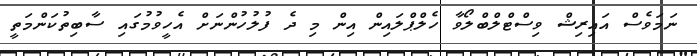
ނަމަވެސް އައިރިޝް ވިސްޓްލްބްލޯވާ ހެލްޕްލައިން އިން މި ދެ ފުލުހުންނަށް އެހީވުމުގައި ސާބިތުކަންމަތީ